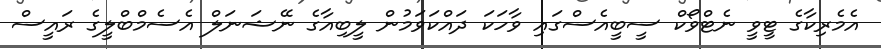
އެމެރިކާގެ ޓީވީ ނެޓްވޯކް ސީބީއެސްގައި ވާހަކަ ދައްކަވަމުން ލީބިއާގެ ނޭޝަނަލް އެސެމްބްލީގެ ރައީސް